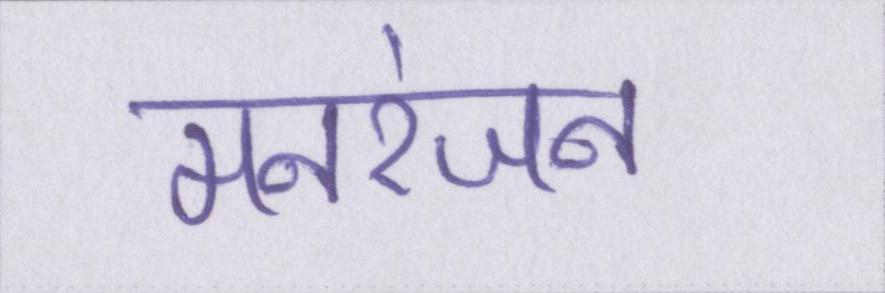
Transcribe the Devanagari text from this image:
मनरंजन